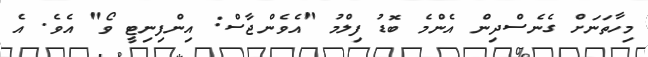
މިހާތަނަށް ގެނެސްދިން އެންމެ ބޮޑު ފިލްމު "އެވެންޖާސް: އިންފިނިޓީ ވޯ" އެވެ. އެ